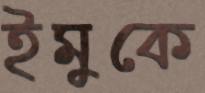
ইমুকে